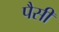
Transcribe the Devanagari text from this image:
पैसी